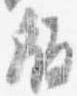
版